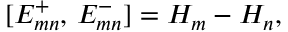
[ E _ { m n } ^ { + } , \, E _ { m n } ^ { - } ] = H _ { m } - H _ { n } ,